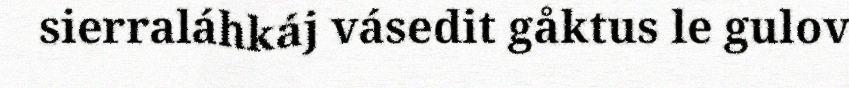
sierraláhkáj vásedit gåktus le gulov